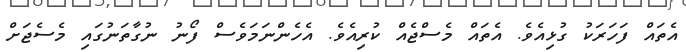
އެތައް ފަހަރަކު ގުޅިއެވެ. އެތައް މެސްޖެއް ކުރިއެވެ. އެހެންނަމަވެސް ފޯނު ނުގާތަނުގައި މެސެޖަށް